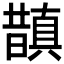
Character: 𭨂